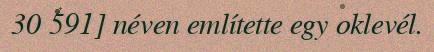
30 591] néven említette egy oklevél.